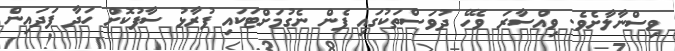
ވިސްނާލާށެވެ. ވިއްސާރަ ވެހޭ ދުވަސްތަކުގައި ފެން ނެގުމަށްޓަކައި ފުރާޅު ސާފުކޮށް ހަދާ ފަދައިން